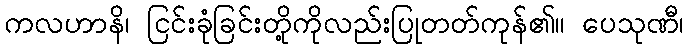
ကလဟာနိ၊ ငြင်းခုံခြင်းတို့ကိုလည်းပြုတတ်ကုန်၏။ ပေသုဏီ၊